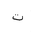
Letter: _ta